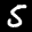
Label: 5